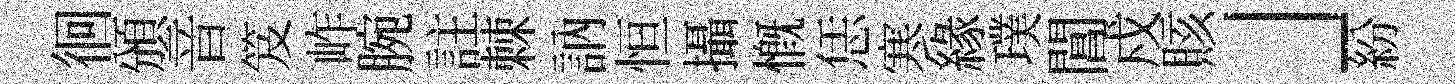
徊頒音笈岞腕註棘訥恒攝慨恁寒緣璞閶戍賅」紛